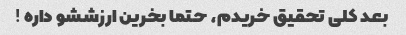
بعد کلی تحقیق خریدم، حتما بخرین ارزششو داره !